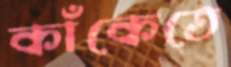
কাঁকেতে